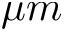
\mu m